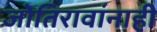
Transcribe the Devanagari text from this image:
जोतिरावांनाही